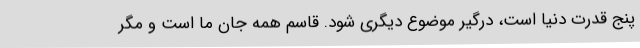
پنج قدرت دنیا است، درگیر موضوع دیگری شود. قاسم همه جان ما است و مگر